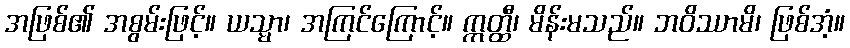
အဖြစ်၏ အစွမ်းဖြင့်။ ယသ္မာ၊ အကြင်ကြောင့်။ ဣတ္ထီ၊ မိန်းမသည်။ ဘဝိဿာမိ၊ ဖြစ်အံ့။